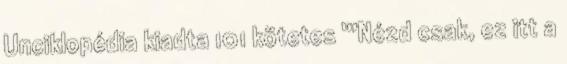
Unciklopédia kiadta 101 kötetes '''Nézd csak, ez itt a